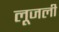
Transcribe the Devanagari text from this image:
लूजली